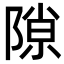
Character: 隙